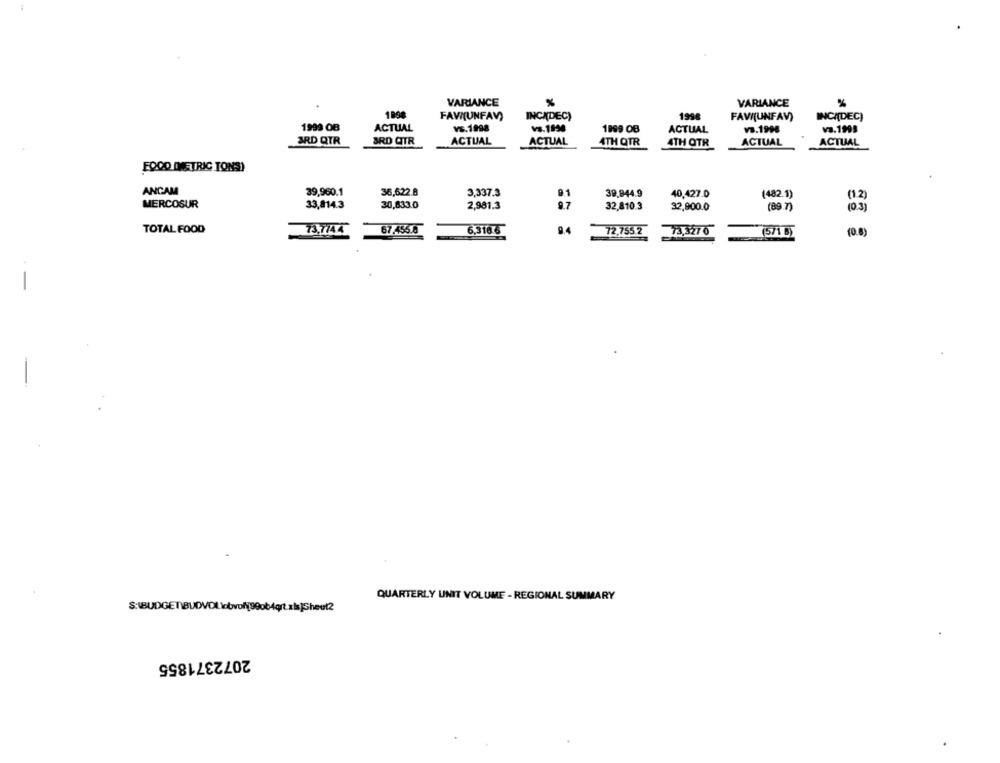
VARIANCE
VARIANCE
1898
1998
FAVI(UNFAV)
INCIDEC)
FAVI(UNFAV)
INCIDEC)
1999 OB
ACTUAL
vs.1998
Vs.1990
1899 OB
ACTUAL
VB.1998
va.1995
3RD QTR
3RD CITR
ACTUAL
ACTUAL
4TH QTR
4TH OTR
ACTUAL
ACTUAL
FOOD (METRIC TONS)
ANCAM
39,960.1
36,622.8
91
3,337.3
39.944.9
40,427.0
(482.1)
MERCOSUR
33,814.3
30,833.0
2,981.3
97
32.810.3
32,900.0
(89 7)
103)
TOTAL FOOD
73,7744
67.455.8
72.755.2
73,3270
6,316.6
9.4
(5/1 B)
(0.8)
QUARTERLY UNIT VOLUME - REGIONAL SUMMARY
2072371855